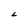
Character: L